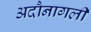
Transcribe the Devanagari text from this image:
अदौनागली